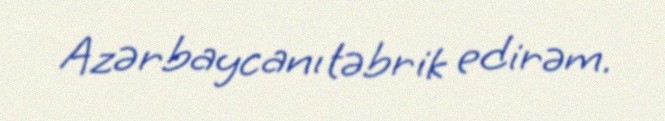
Azərbaycanı təbrik edirəm.